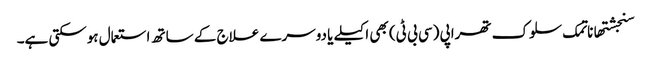
سنجشتھاناتمک سلوک تھراپی (سی بی ٹی) بھی اکیلے یا دوسرے علاج کے ساتھ استعمال ہوسکتی ہے۔